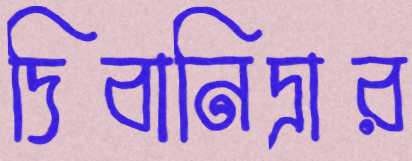
দিবানিদ্রার